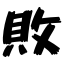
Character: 敗